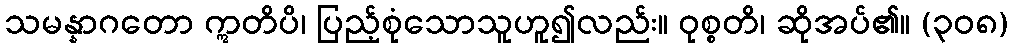
သမန္နာဂတော ဣတိပိ၊ ပြည့်စုံသောသူဟူ၍လည်း။ ဝုစ္စတိ၊ ဆိုအပ်၏။ (၃၀၈)